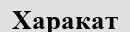
Харакат